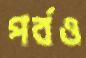
পর্বও